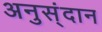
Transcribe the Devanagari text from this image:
अनुस्ंदान